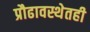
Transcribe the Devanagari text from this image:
प्रौढावस्थेतही